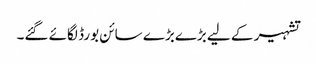
تشہیر کے لیے بڑےبڑے سائن بورڈ لگائے گئے۔